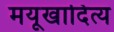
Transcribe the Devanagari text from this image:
मयूखादित्य